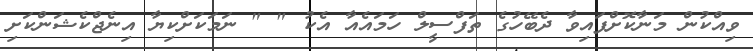
ވިއްކުން މަނާކޮށްފައިވާ ދެބޭހުގެ ތަފްސީލް ހަމައެއާ އެކު " " ނަމަކަށްކިޔާ އިނެޖްކެޝަންކަށި